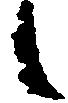
候